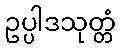
ဥပ္ပါဒသုတ္တံ